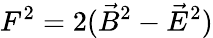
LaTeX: F^{2}=2(\vec{B}^{2}-\vec{E}^{2})